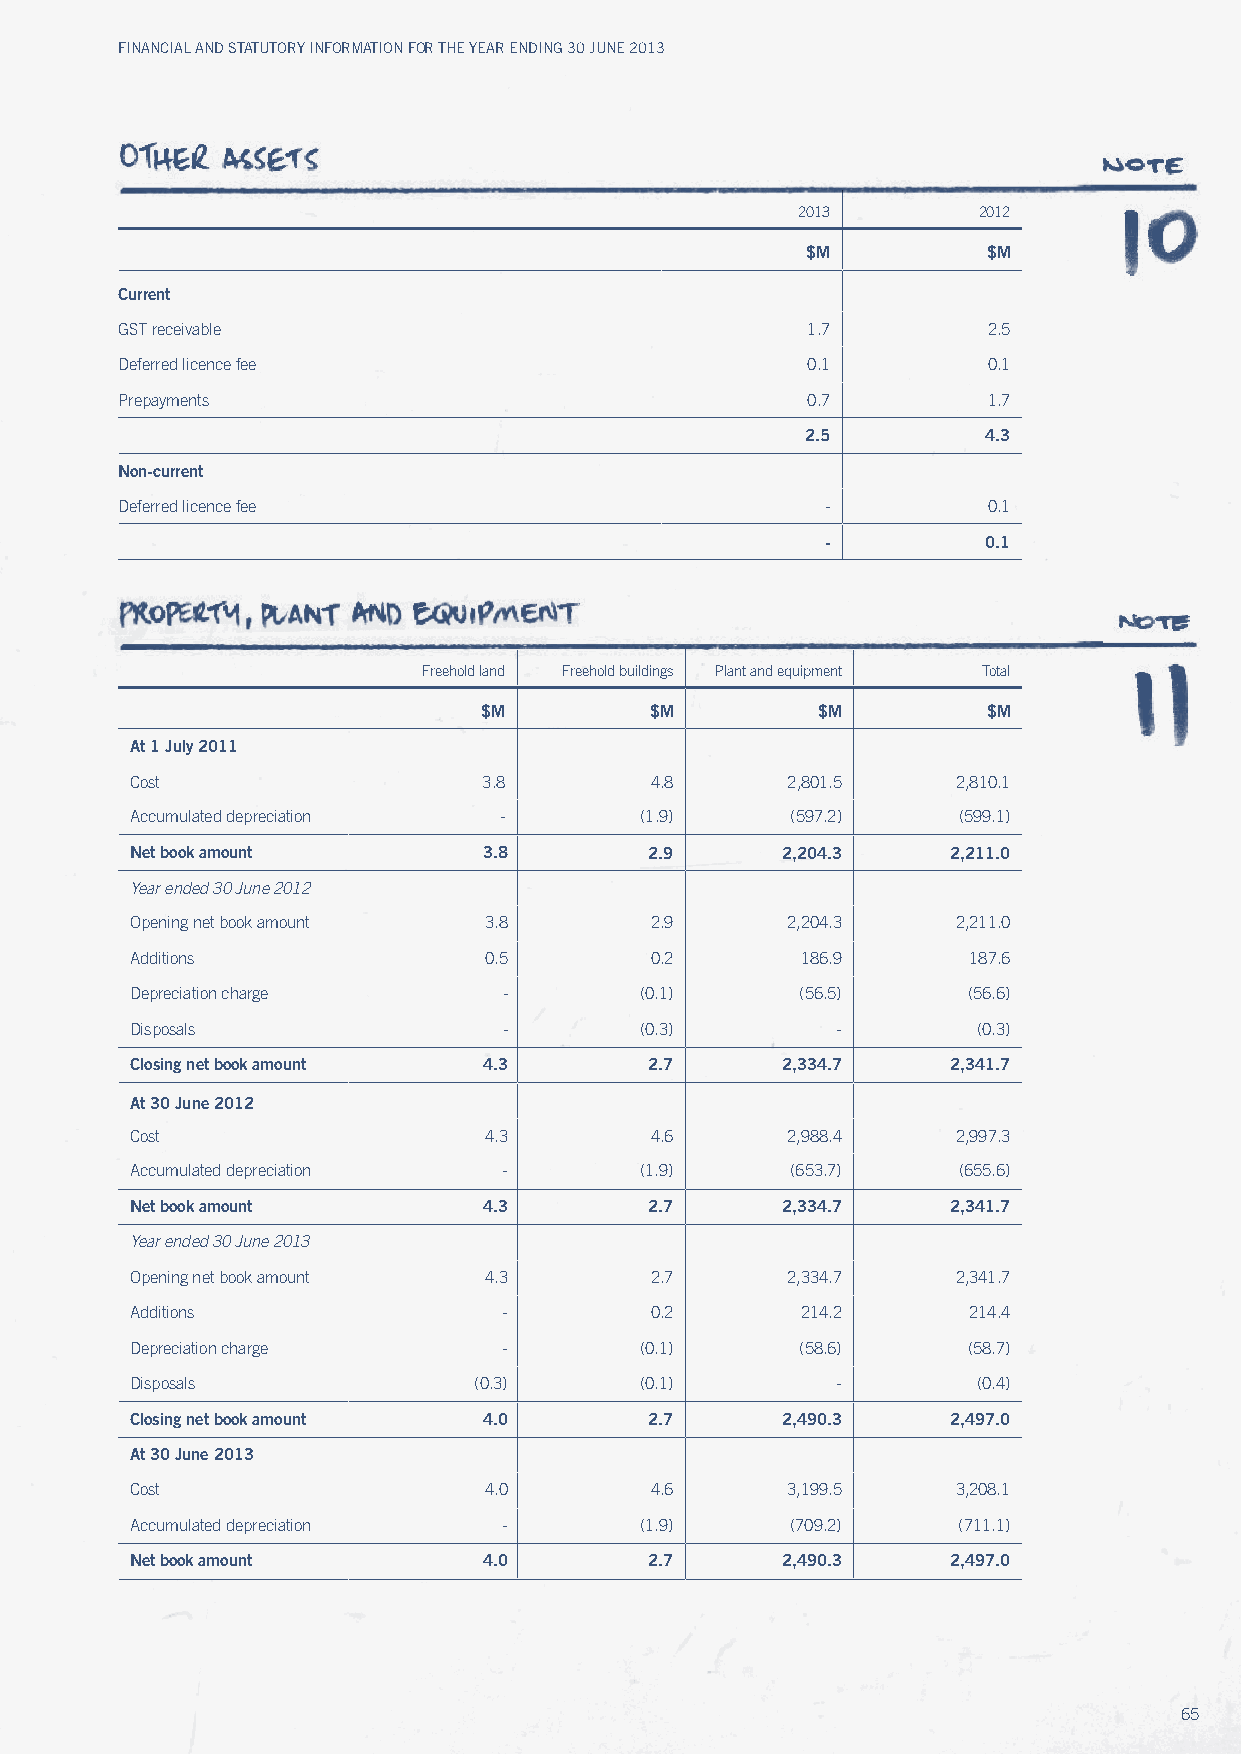
Financial and Statutory inFormation For the year ending 30 June 2013
 2013        2012
 $M          $M
 Current
 GST receivable                               1.7         2.5
 Deferred licence fee                         0.1         0.1
 Prepayments                                  0.7         1.7
 2.5         4.3
 Non-current
 Deferred licence fee                           -         0.1
 -         0.1
 Freehold land Freehold buildings Plant and equipment Total
 $M         $M         $M         $M
 At 1 July 2011
 Cost                   3.8        4.8      2,801.5    2,810.1
 Accumulated depreciation -       (1.9)     (597.2)    (599.1)
 Net book amount        3.8        2.9      2,204.3    2,211.0
 year ended 30 June 2012
 Opening net book amount 3.8       2.9      2,204.3    2,211.0
 Additions              0.5        0.2       186.9      187.6
 Depreciation charge     -        (0.1)      (56.5)     (56.6)
 Disposals               -        (0.3)        -         (0.3)
 Closing net book amount 4.3       2.7      2,334.7    2,341.7
 At 30 June 2012
 Cost                   4.3        4.6      2,988.4    2,997.3
 Accumulated depreciation -       (1.9)     (653.7)    (655.6)
 Net book amount        4.3        2.7      2,334.7    2,341.7
 year ended 30 June 2013
 Opening net book amount 4.3       2.7      2,334.7    2,341.7
 Additions               -         0.2       214.2      214.4
 Depreciation charge     -        (0.1)      (58.6)     (58.7)
 Disposals             (0.3)      (0.1)        -         (0.4)
 Closing net book amount 4.0       2.7      2,490.3    2,497.0
 At 30 June 2013
 Cost                   4.0        4.6      3,199.5    3,208.1
 Accumulated depreciation -       (1.9)     (709.2)    (711.1)
 Net book amount        4.0        2.7      2,490.3    2,497.0
 65